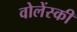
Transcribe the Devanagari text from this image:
वोलेंस्की